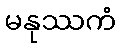
မနုဿကံ